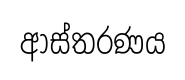
ආස්තරණය